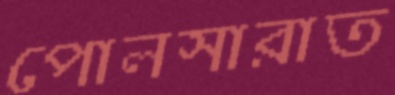
পোলসারাত